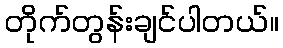
တိုက်တွန်းချင်ပါတယ်။